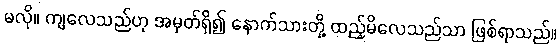
မလို။ ကျလေသည်ဟု အမှတ်ရှိ၍ နောက်သားတို့ ထည့်မိလေသည်သာ ဖြစ်ရာသည်။